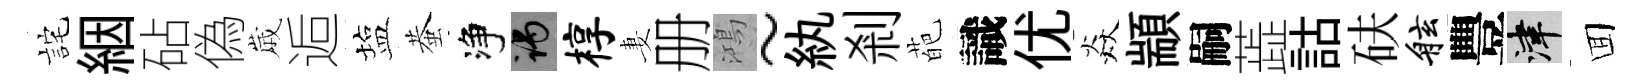
詫絪砧偽𡻕逅塩蛬净谒椁妻册鴻~紈剎葩識优焱顓嗣蕋詁砆舷豐津囬